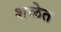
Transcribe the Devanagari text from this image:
शळेत